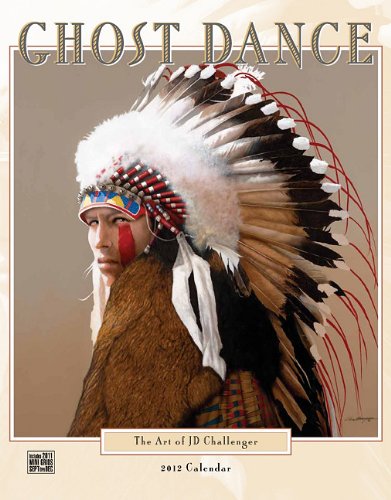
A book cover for Ghost Dance 2012 Calendar: The Art of J.D. Challenger; Calendars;